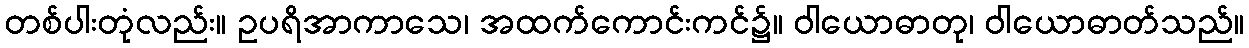
တစ်ပါးတုံလည်း။ ဥပရိအာကာသေ၊ အထက်ကောင်းကင်၌။ ဝါယောဓာတု၊ ဝါယောဓာတ်သည်။